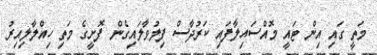
މަތީ ގައި އިން ޓައީ މޮއްސައިލާފައި ކަރުދާސް ފިލުވާލައިގެން ފޮށީގެ މަތި ހިއްލާލިއިރު